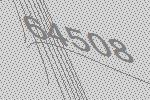
64508